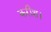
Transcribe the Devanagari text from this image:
करीश।